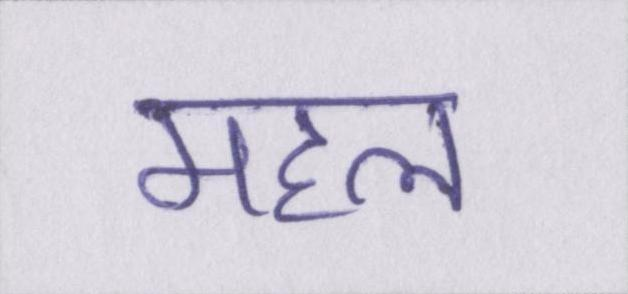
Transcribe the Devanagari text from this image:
महल